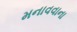
મનાવવાના